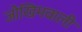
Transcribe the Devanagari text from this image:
जोखिमवाली